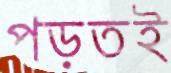
পড়তই